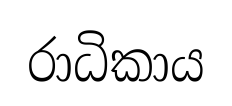
රාධිකාය